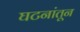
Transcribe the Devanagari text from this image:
घटनांतून